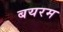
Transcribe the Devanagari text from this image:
बयरम